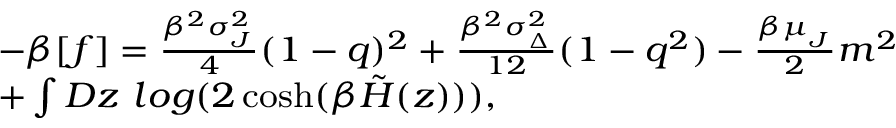
{ \footnotesize \begin{array} { r l } & { - \beta [ f ] = \frac { \beta ^ { 2 } \sigma _ { _ { J } } ^ { 2 } } { 4 } ( 1 - q ) ^ { 2 } + \frac { \beta ^ { 2 } \sigma _ { _ { \Delta } } ^ { 2 } } { 1 2 } ( 1 - q ^ { 2 } ) - \frac { \beta \mu _ { _ { J } } } { 2 } m ^ { 2 } } \\ & { + \int D z \ l o g ( 2 \cosh ( \beta \tilde { H } ( z ) ) ) , } \end{array} }